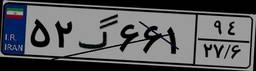
۷۷گ۱۳۱۶۷